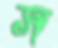
স